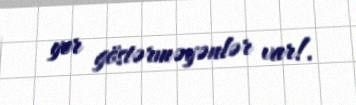
yer göstərməyənlər var!.